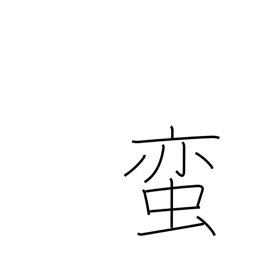
Meaning: barbarian